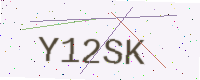
Text: Y12SK